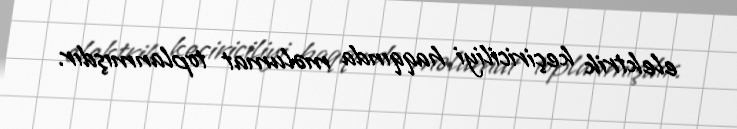
elektrik keçiriciliyi haqqında məlumat toplanmışdır.